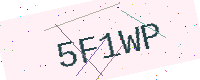
Text: 5F1WP